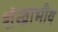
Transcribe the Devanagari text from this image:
शंखाभीय